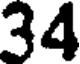
34